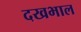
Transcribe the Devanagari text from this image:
दखभाल